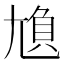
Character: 𡯿